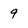
Character: 9